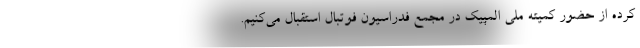
کرده از حضور کمیته ملی المپیک در مجمع فدراسیون فوتبال استقبال می‌کنیم.